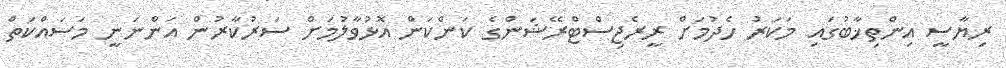
ރިޔާސީ އިންތިޚާބުގައި މަކަރު ހެދުމަށް ރީރެޖިސްޓްރޭޝަންގެ ކަންކަން އޮޅުވާލުމަށް ސަރުކާރުން އަންނަނީ މަސައްކަތް